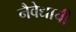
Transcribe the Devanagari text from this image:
नैवेद्याची